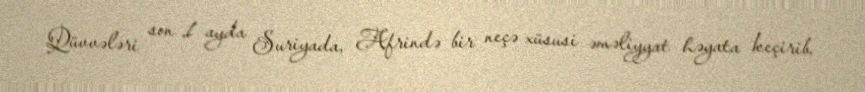
Qüvvələri son 1 ayda Suriyada, Afrində bir neçə xüsusi əməliyyat həyata keçirib.